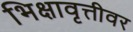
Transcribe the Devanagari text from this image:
भिक्षावृत्तीवर